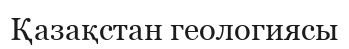
Қазақстан геологиясы